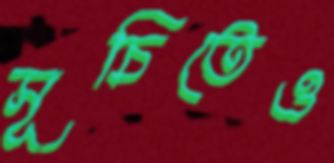
সূচিতেও